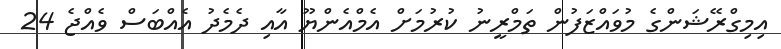
އިމިގްރޭޝަންގެ މުވައްޒަފުން ތަމްރީނު ކުރުމަށް އެމްއެންޔޫ އާއި ދެމެދު އެއްބަސް ވެއްޖެ 24